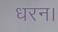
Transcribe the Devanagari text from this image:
धरन।